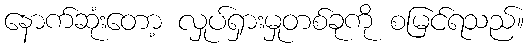
နောက်ဆုံးတော့ လှုပ်ရှားမှုတစ်ခုကို စမြင်ရသည်။